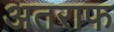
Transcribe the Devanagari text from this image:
अतराफ